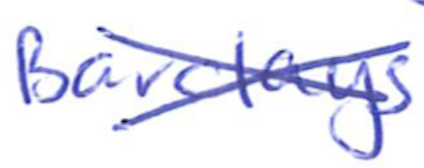
Text: Barclays
Cross-out: cross
Writing tool: ballpoint